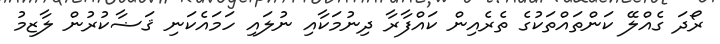
ރޯދަ ގެއްލޭ ކަންތައްތަކުގެ ތެރެއިން ކައްފާރާ ދިނުމަކާއި ނުލައި ހަމައެކަނި ޤަޟާކުރުން ލާޒިމު